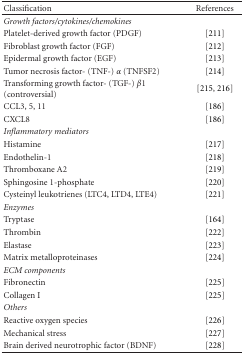
<table><thead><tr><td><b>Classification</b></td><td><b>References</b></td></tr></thead><tbody><tr><td><i>Growth factors/cytokines/chemokines</i></td><td></td></tr><tr><td>Platelet-derived growth factor (PDGF)</td><td>[211]</td></tr><tr><td>Fibroblast growth factor (FGF)</td><td>[212]</td></tr><tr><td>Epidermal growth factor (EGF)</td><td>[213]</td></tr><tr><td>Tumor necrosis factor- (TNF-) <i>α</i> (TNFSF2)</td><td>[214]</td></tr><tr><td>Transforming growth factor- (TGF-) <i>β</i>1 (controversial)</td><td>[215, 216]</td></tr><tr><td>CCL3, 5, 11</td><td>[186]</td></tr><tr><td>CXCL8</td><td>[186]</td></tr><tr><td><i>Inflammatory mediators</i></td><td></td></tr><tr><td>Histamine</td><td>[217]</td></tr><tr><td>Endothelin-1</td><td>[218]</td></tr><tr><td>Thromboxane A2</td><td>[219]</td></tr><tr><td>Sphingosine 1-phosphate</td><td>[220]</td></tr><tr><td>Cysteinyl leukotrienes (LTC4, LTD4, LTE4)</td><td>[221]</td></tr><tr><td><i>Enzymes</i></td><td></td></tr><tr><td>Tryptase</td><td>[164]</td></tr><tr><td>Thrombin</td><td>[222]</td></tr><tr><td>Elastase</td><td>[223]</td></tr><tr><td>Matrix metalloproteinases</td><td>[224]</td></tr><tr><td><i>ECM components</i></td><td></td></tr><tr><td>Fibronectin</td><td>[225]</td></tr><tr><td>Collagen I</td><td>[225]</td></tr><tr><td><i>Others</i></td><td></td></tr><tr><td>Reactive oxygen species</td><td>[226]</td></tr><tr><td>Mechanical stress</td><td>[227]</td></tr><tr><td>Brain derived neurotrophic factor (BDNF)</td><td>[228]</td></tr></tbody></table>